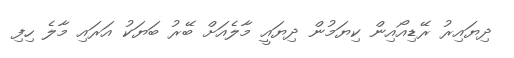
ދިޔައިރު ރޭޑިއޯއިން ކިޔަމުން ދިޔައީ މާލެއަށް ބޭރު ބަޔަކު އަރައި މާލެ ހިފި